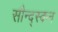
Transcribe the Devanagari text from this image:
सौन्द्स्कन